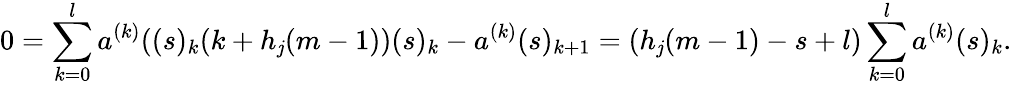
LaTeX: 0=\sum_{k=0}^{l}a^{(k)}((s)_{k}(k+h_{\mathit{j}}(m-1))(s)_{k}-a^{(k)}(s)_{k+1}=(h_{\mathit{j}}(m-1)-s+l)\sum_{k=0}^{l}a^{(k)}(s)_{k}.